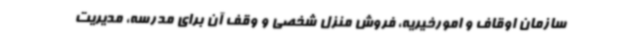
سازمان اوقاف و امورخیریه، فروش منزل شخصی و وقف آن برای مدرسه، مدیریت